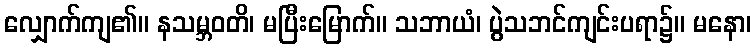
လျှောက်ကျ၏။ နသမ္ဘဝတိ၊ မပြီးမြောက်။ သဘာယံ၊ ပွဲသဘင်ကျင်းပရာ၌။ မနော၊